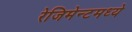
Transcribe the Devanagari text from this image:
रेजिमेन्टमध्ये